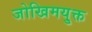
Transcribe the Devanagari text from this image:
जोखिमयु्क्त